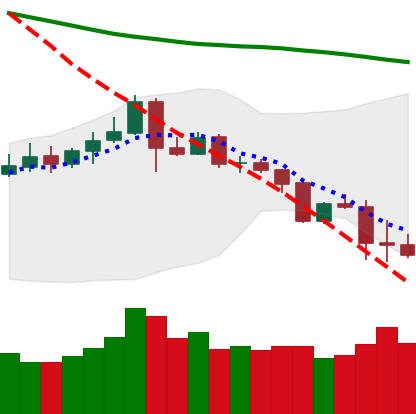
Ticker: ETC-USD
Chart end date: 2019-11-20
Forward return: -13.247%
Label: down_7plus